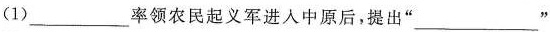
(1)___率领农民起义军进人中原后，提出” ___”